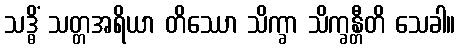
သဒ္ဓိံ သတ္တအရိယာ တိဿော သိက္ခာ သိက္ခန္တီတိ သေခါ။